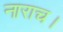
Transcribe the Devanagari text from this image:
नाराच।